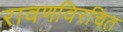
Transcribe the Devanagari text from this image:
रावणविरचित